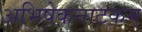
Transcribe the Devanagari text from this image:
अभिषेकनाटकम्